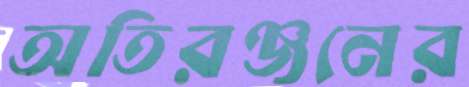
অতিরঞ্জনের